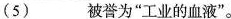
(5)___被誉为”工业的血液”。